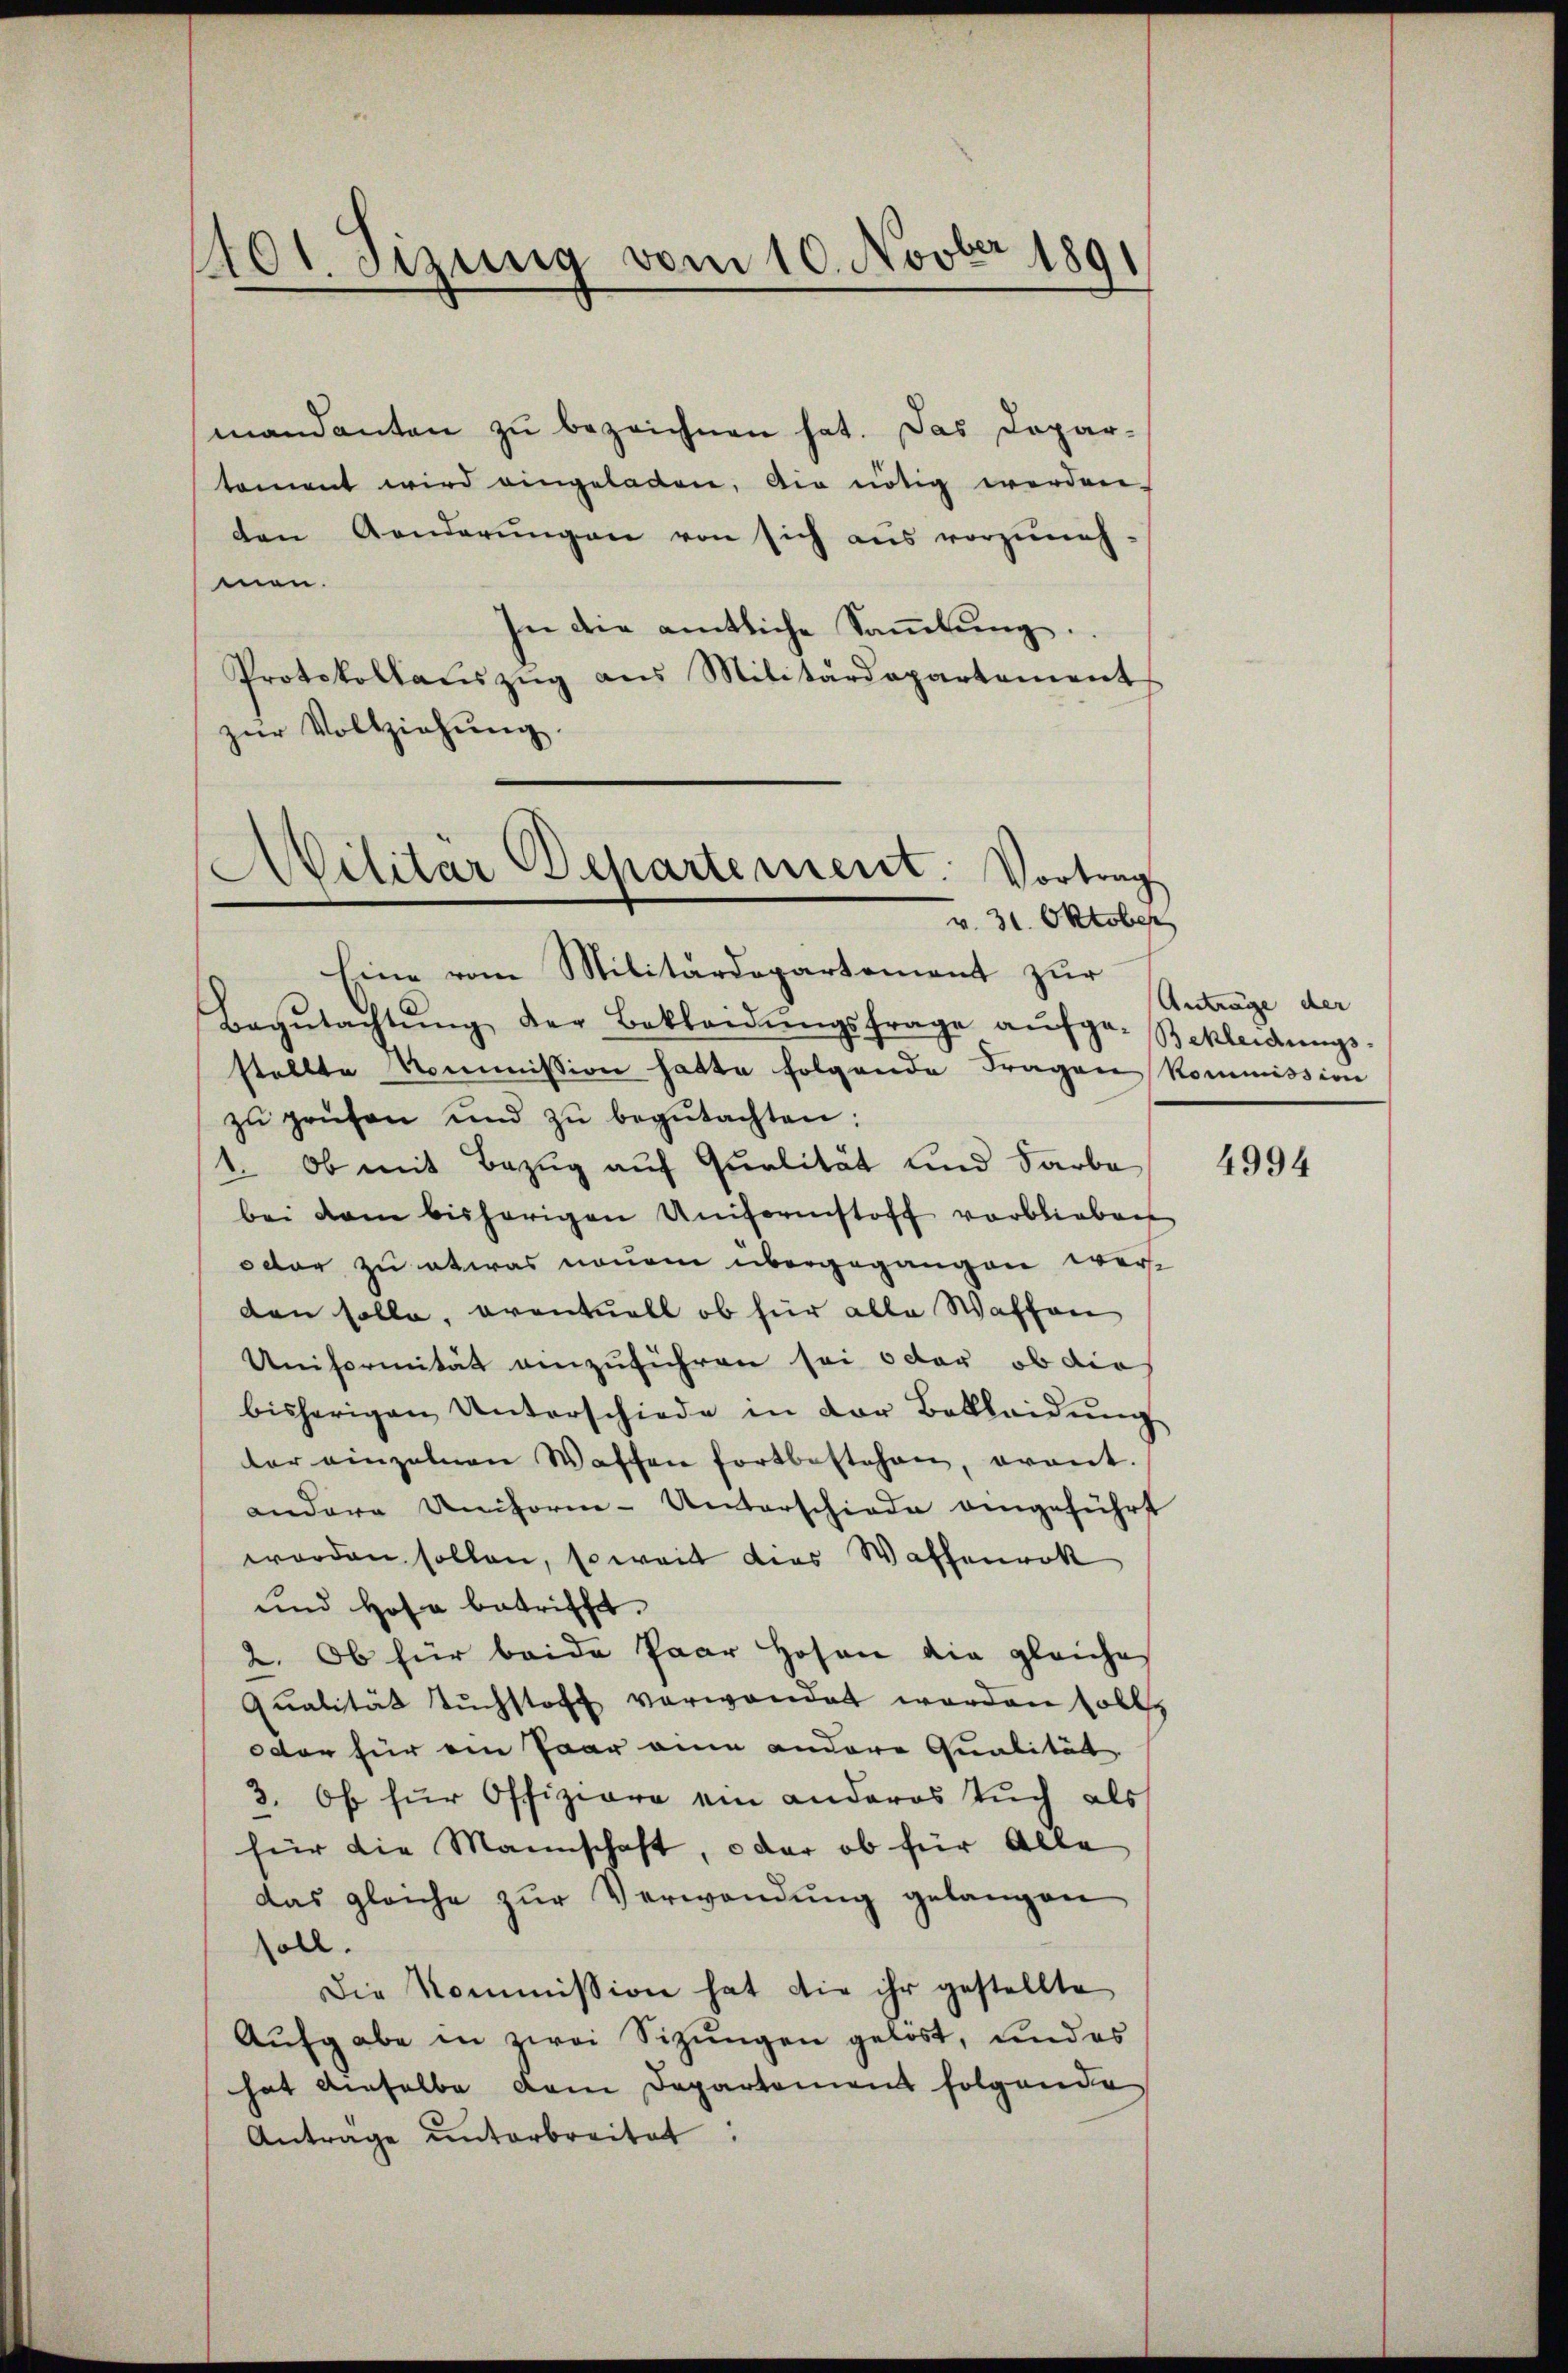
1401. Sizung vom 10. Novber 1891

mandanten zu bezeichnen hat. Das Dopar-
tament wird eingeladen, die nötig werden.
den Aenderŭngen von sich aus vorzŭneh-
men.
In die amtliche Sammlung.
Protokollauszug aus Militärdepartement
zŭr Vollziehŭng.
Ailitär Departement. Vortrag
v. 31. Oktober

Eine vom Militärdepartement zur
Begŭtachtŭng der Bekleidŭngsfrage aŭfge-Bekleidŭngs-
stellte Kommission hatte folgende Fragen kommission
zŭ prüfen und zŭ begŭtachten:
1. Ob mit Bezug auf Qualität und Farbe
bei dem bisherigen Uniformstoff verblieben
octor zu etwas neuem übergegangen werde
den solle, oventuell ob für alle Waffen
Uniformität einzuführen sei oder ob die
bisherigen Unterschiede in der Bekleidŭng
ler einzelnen Waffen fortbestehen, avant.
andere Uniform-Unterschiede eingeführt
worden sollen, soweit dies Waffenrok
und Hofe betrifft.
2. Ob für beide Paar Hosen die gleiches
Qualität Tŭchstoff verwendet worden soll,
octor für ein Paar eine andere Qualität
3. Ob für Offiziere ein anderes Tuch als
für die Mannschaft, oder ob für Alle
das gleiche zŭr Verwendung gelangen
soll.
Die Kommission hat die ihr gestellte
Aŭfgabe in zwei Sizŭngen gelöst, und es
hat denselbe dem Departement folgende
Antrage unterbreitet:

Anträge der

4994